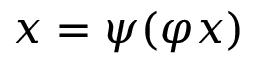
x = \psi ( \varphi x )